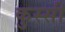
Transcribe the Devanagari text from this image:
कुस्सी